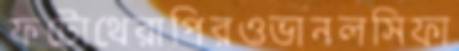
ফটোথেরাপিরওভানলসিফা